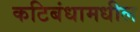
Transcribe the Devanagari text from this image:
कटिबंधामधील